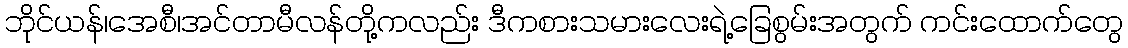
ဘိုင်ယန်၊အေစီ၊အင်တာမီလန်တို့ကလည်း ဒီကစားသမားလေးရဲ့ခြေစွမ်းအတွက် ကင်းထောက်တွေ